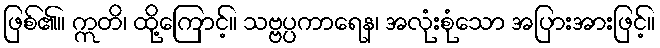
ဖြစ်၏။ ဣတိ၊ ထို့ကြောင့်။ သဗ္ဗပ္ပကာရေန၊ အလုံးစုံသော အပြားအားဖြင့်။